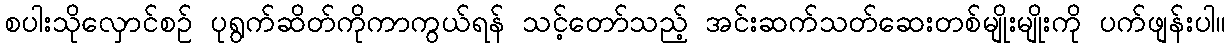
စပါးသိုလှောင်စဉ် ပုရွက်ဆိတ်ကိုကာကွယ်ရန် သင့်တော်သည့် အင်းဆက်သတ်ဆေးတစ်မျိုးမျိုးကို ပက်ဖျန်းပါ။